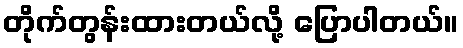
တိုက်တွန်းထားတယ်လို့ ပြောပါတယ်။